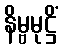
နိမ္ဗမုဋ္ဌိံ